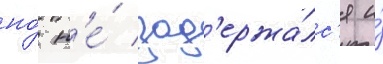
но́ н'е́ зад'ержа́лс'я и́